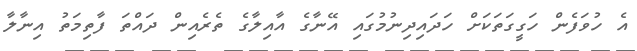
އެ ހުވަފެން ހަގީގަތަކަށް ހަދައިދިނުމުގައި އޭނާގެ އާއިލާގެ ތެރެއިން ދައްތަ ފާތިމަތު އިނާލާ